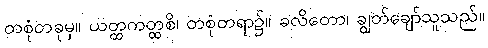
တစုံတခုမှ။ ယတ္ထကတ္ထစိ၊ တစုံတရာ၌။ ခလိတော၊ ချွတ်ချော်သူသည်။